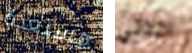
مستعدة اخذتي